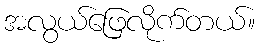
အလွယ်ဖြေလိုက်တယ်။